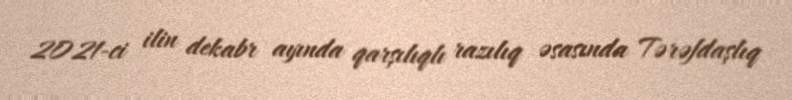
2021-ci ilin dekabr ayında qarşılıqlı razılıq əsasında Tərəfdaşlıq